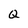
Character: Q